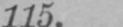
115.